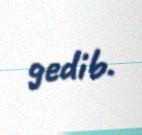
gedib.